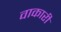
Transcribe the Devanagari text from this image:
वाकारी